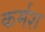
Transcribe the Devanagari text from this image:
कर्मश